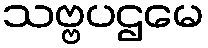
သဗ္ဗပဌမေ